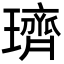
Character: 璾